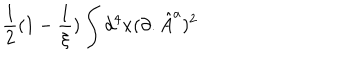
\frac { 1 } { 2 } ( 1 - \frac { 1 } { \xi } ) \int d ^ { 4 } x ( \partial . { \hat { A } } ^ { a } ) ^ { 2 }